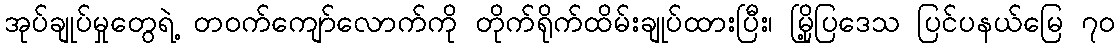
အုပ်ချုပ်မှုတွေရဲ့ တဝက်ကျော်လောက်ကို တိုက်ရိုက်ထိမ်းချုပ်ထားပြီး၊ မြို့ပြဒေသ ပြင်ပနယ်မြေ ၇၀